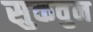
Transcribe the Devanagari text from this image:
सुकवुन